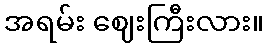
အရမ်း ဈေးကြီးလား။